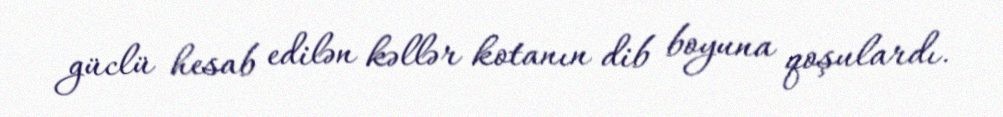
güclü hesab edilən kəllər kotanın dib boyuna qoşulardı.